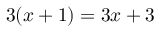
3 ( x + 1 ) = 3 x + 3